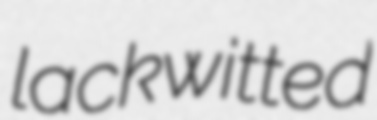
lackwitted